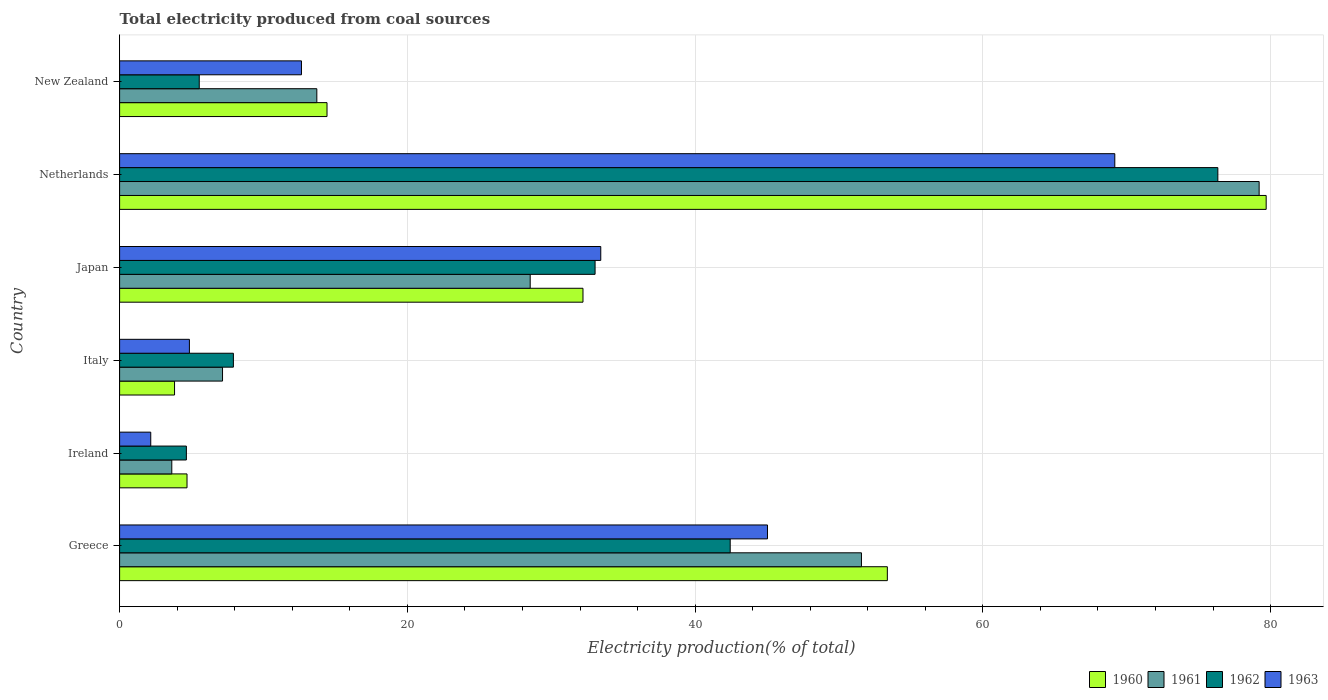
| Country | 1960 | 1961 | 1962 | 1963 |
 | --- | --- | --- | --- | --- |
 | Greece | 53.4 | 51.6 | 42.4 | 45 |
 | Ireland | 4.69 | 3.63 | 4.64 | 2.16 |
 | Italy | 3.82 | 7.15 | 7.91 | 4.85 |
 | Japan | 32.2 | 28.5 | 33 | 33.4 |
 | Netherlands | 79.7 | 79.2 | 76.3 | 69.2 |
 | New Zealand | 14.4 | 13.7 | 5.54 | 12.6 |